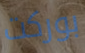
بوركت